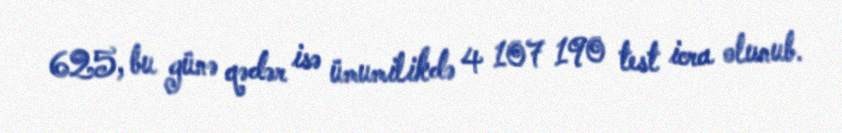
625, bu günə qədər isə ümumilikdə 4 107 190 test icra olunub.